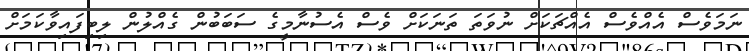
ނަމަވެސް އެއްވެސް އެއްޗަކަށް ނުވަތަ ތަނަކަށް ވެސް އެސުނާމީގެ ސަބަބުން ގެއްލުން ލިބިފައިވާކަމަށް